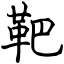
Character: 靶